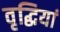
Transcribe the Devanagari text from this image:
वृद्धियां